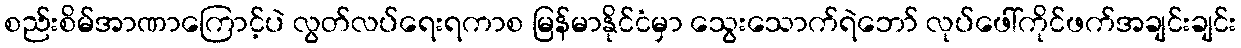
စည်းစိမ်အာဏာကြောင့်ပဲ လွတ်လပ်ရေးရကာစ မြန်မာနိုင်ငံမှာ သွေးသောက်ရဲဘော် လုပ်ဖေါ်ကိုင်ဖက်အချင်းချင်း